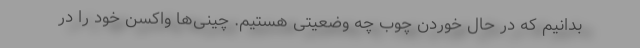
بدانیم که در حال خوردن چوب چه وضعیتی هستیم. چینی‌ها واکسن خود را در